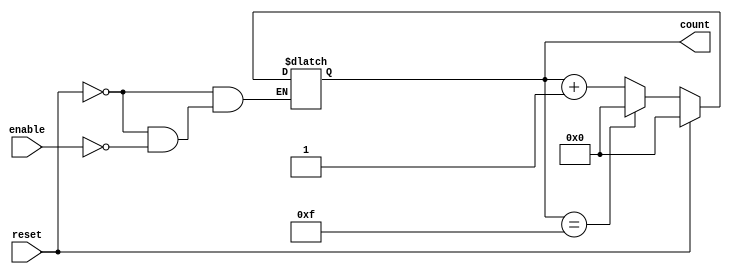
module async_counter (
    input wire enable,       // Enable signal to toggle the counter
    input wire reset,        // Asynchronous reset signal
    output reg [3:0] count   // 4-bit counter output
);

// Asynchronous reset and counting logic
always @(*) begin
    if (reset) begin
        count = 4'b0000; // Reset the counter to zero
    end else if (enable) begin
        // Increment the counter and wrap around at 15 (4'b1111)
        count = (count == 4'b1111) ? 4'b0000 : count + 1'b1;
    end
end

endmodule